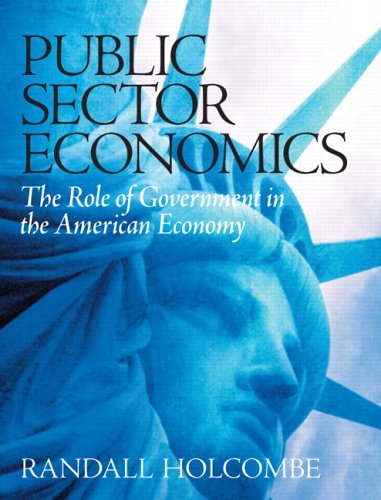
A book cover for Public Sector Economics: The Role of Government in the American Economy; Randall Holcombe; Business & Money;